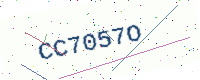
Text: CC7057O